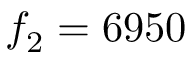
f _ { 2 } = 6 9 5 0